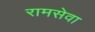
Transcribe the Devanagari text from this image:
रामसेवा